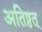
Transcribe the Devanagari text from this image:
अतिष्ठत्